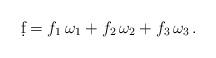
LaTeX: \begin{align*}\d f = f_1\,\omega_1 + f_2\,\omega_2 + f_3\,\omega_3\,.\end{align*}